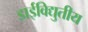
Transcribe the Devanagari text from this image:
डाईविद्युतीय